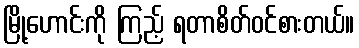
မြို့ဟောင်းကို ကြည့် ရတာစိတ်ဝင်စားတယ်။